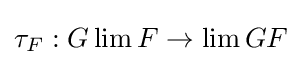
\tau _{F}:G\lim F\to \lim GF